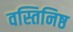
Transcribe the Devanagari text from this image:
वस्तिनिष्ठ